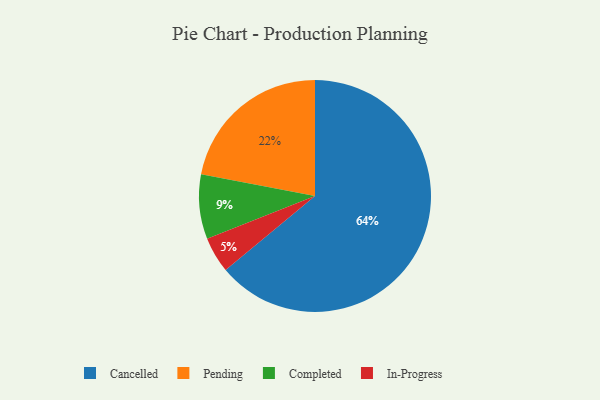
{"axis": {"x": "Category", "y": "Percentage"}, "legend": ["Cancelled", "Completed", "In-Progress", "Pending"], "data": [{"x": "In-Progress", "y": 5, "type": "In-Progress"}, {"x": "Cancelled", "y": 64, "type": "Cancelled"}, {"x": "Completed", "y": 9, "type": "Completed"}, {"x": "Pending", "y": 22, "type": "Pending"}]}